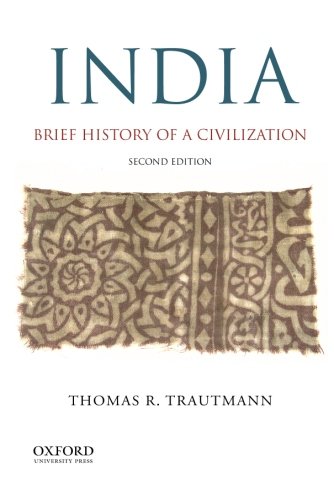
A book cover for India: Brief History of a Civilization; Thomas R. Trautmann; History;